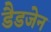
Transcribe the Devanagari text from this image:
डैडजेन